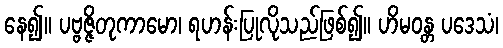
နေ၍။ ပဗ္ဗဇ္ဇိတုကာမော၊ ရဟန်းပြုလိုသည်ဖြစ်၍။ ဟိမဝန္တ ပဒေသံ၊